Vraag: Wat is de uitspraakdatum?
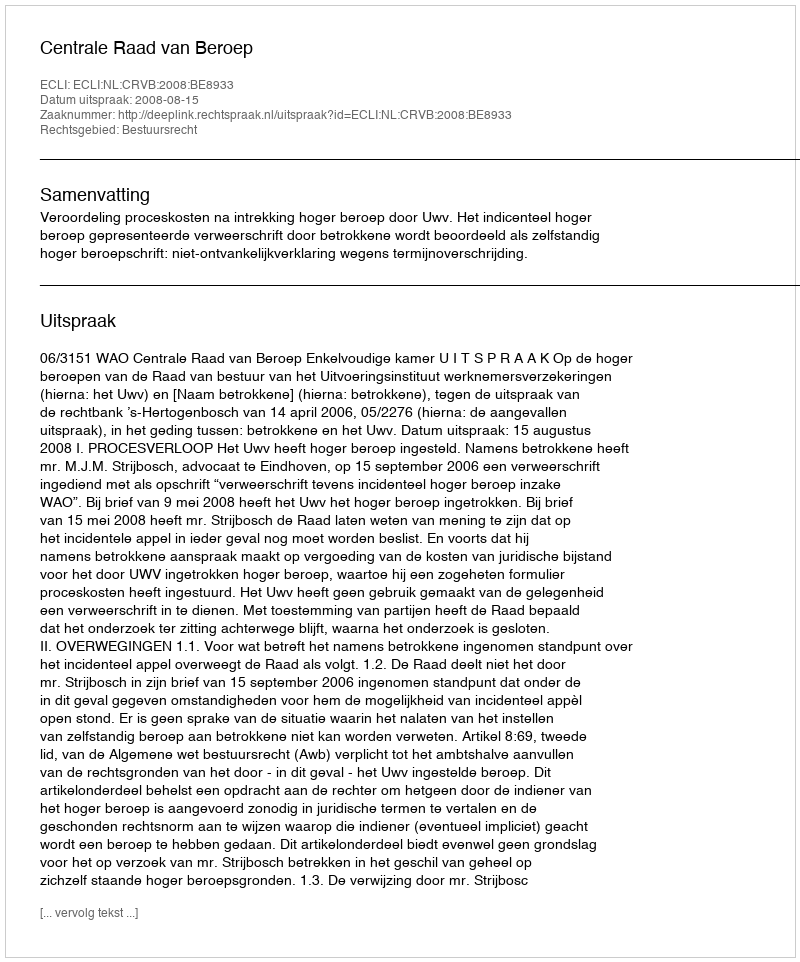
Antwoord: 2008-08-15